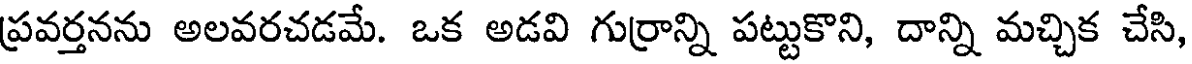
ప్రవర్తనను అలవరచడమే. ఒక అడవి గుర్రాన్ని పట్టుకొని, దాన్ని మచ్చిక చేసి,